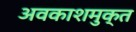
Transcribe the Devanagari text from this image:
अवकाशमुक्त